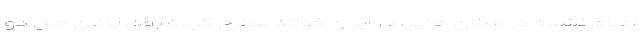
اعلام نشده در مکان هایی در ایران خواند مطرح کرده بود. با این حال دو